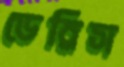
ডেরিস